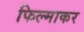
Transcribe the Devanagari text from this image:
फिल्माकर